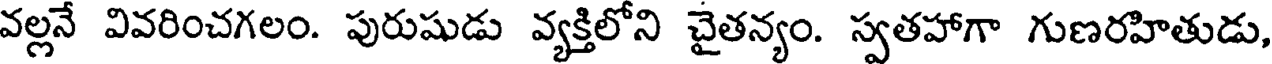
వల్లనే వివరించగలం. పురుషుడు వ్యక్తిలోని చైతన్యం. స్వతహాగా గుణరహితుడు,